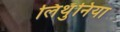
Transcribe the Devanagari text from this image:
लिथुँनिया